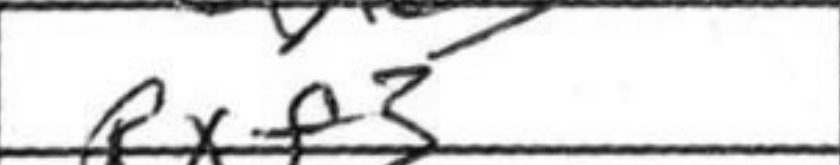
Transcription: Rxf3